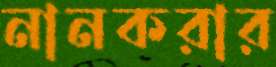
নানকরার